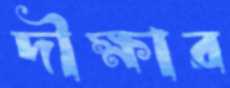
দীক্ষার